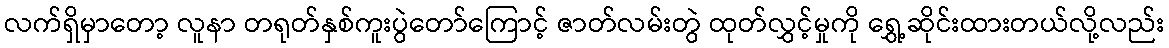
လက်ရှိမှာတော့ လူနာ တရုတ်နှစ်ကူးပွဲတော်ကြောင့် ဇာတ်လမ်းတွဲ ထုတ်လွှင့်မှုကို ရွှေ့ဆိုင်းထားတယ်လို့လည်း